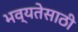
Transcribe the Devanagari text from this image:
भव्यतेसाठी